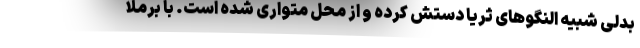
بدلی شبیه النگو‌های ثریا دستش کرده و از محل متواری شده است. با برملا